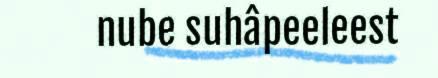
nube suhâpeeleest